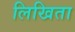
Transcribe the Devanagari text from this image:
लिखिता